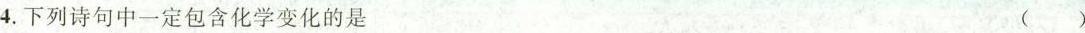
4. 下列诗句中一定包含化学变化的是 ( )